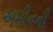
અમીનની